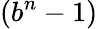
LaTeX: \left(b^{n}-1\right)